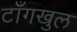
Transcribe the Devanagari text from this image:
टाँगखुल